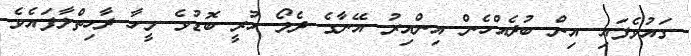
ގައުވެފައި އިން ބުދެއްހެން އިންއިރު އޭނާގެ ދެލޯ ހުރީ ބޮޑުވެ މީހާ ދާހިތްލާފައެވެ.